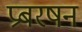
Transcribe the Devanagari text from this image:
प्रबरषन